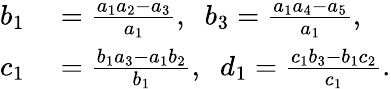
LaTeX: \begin{array}{rl}{b_{1}}&{{}=\frac{a_{1}a_{2}-a_{3}}{a_{1}},\; \; b_{3}=\frac{a_{1}a_{4}-a_{5}}{a_{1}},}\\ {c_{1}}&{{}=\frac{b_{1}a_{3}-a_{1}b_{2}}{b_{1}},\; \; d_{1}=\frac{c_{1}b_{3}-b_{1}c_{2}}{c_{1}}.}\end{array}